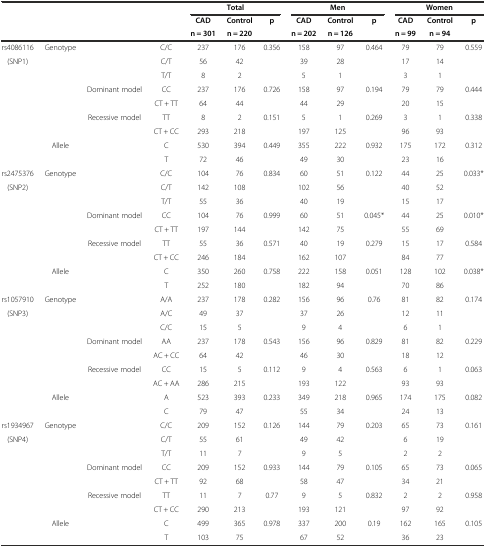
<table><thead><tr><td rowspan="2" colspan="4"></td><td colspan="3"><b>Total</b></td><td colspan="3"><b>Men</b></td><td colspan="3"><b>Women</b></td></tr><tr><td><b>CAD</b></td><td><b>Control</b></td><td rowspan="2"><b>p</b></td><td><b>CAD</b></td><td><b>Control</b></td><td rowspan="2"><b>p</b></td><td><b>CAD</b></td><td><b>Control</b></td><td><b>p</b></td></tr><tr><td colspan="4"></td><td><b>n = 301</b></td><td><b>n = 220</b></td><td><b>n = 202</b></td><td><b>n = 126</b></td><td><b>n = 99</b></td><td><b>n = 94</b></td><td></td></tr></thead><tbody><tr><td>rs4086116</td><td>Genotype</td><td></td><td>C/C</td><td>237</td><td>176</td><td rowspan="3">0.356</td><td>158</td><td>97</td><td rowspan="3">0.464</td><td>79</td><td>79</td><td rowspan="3">0.559</td></tr><tr><td>(SNP1)</td><td></td><td></td><td>C/T</td><td>56</td><td>42</td><td>39</td><td>28</td><td>17</td><td>14</td></tr><tr><td></td><td></td><td></td><td>T/T</td><td>8</td><td>2</td><td>5</td><td>1</td><td>3</td><td>1</td></tr><tr><td></td><td></td><td rowspan="2">Dominant model</td><td>CC</td><td>237</td><td>176</td><td rowspan="2">0.726</td><td>158</td><td>97</td><td rowspan="2">0.194</td><td>79</td><td>79</td><td rowspan="2">0.444</td></tr><tr><td></td><td></td><td>CT + TT</td><td>64</td><td>44</td><td>44</td><td>29</td><td>20</td><td>15</td></tr><tr><td></td><td></td><td rowspan="2">Recessive model</td><td>TT</td><td>8</td><td>2</td><td rowspan="2">0.151</td><td>5</td><td>1</td><td rowspan="2">0.269</td><td>3</td><td>1</td><td rowspan="2">0.338</td></tr><tr><td></td><td></td><td>CT + CC</td><td>293</td><td>218</td><td>197</td><td>125</td><td>96</td><td>93</td></tr><tr><td></td><td>Allele</td><td></td><td>C</td><td>530</td><td>394</td><td rowspan="2">0.449</td><td>355</td><td>222</td><td rowspan="2">0.932</td><td>175</td><td>172</td><td rowspan="2">0.312</td></tr><tr><td></td><td></td><td></td><td>T</td><td>72</td><td>46</td><td>49</td><td>30</td><td>23</td><td>16</td></tr><tr><td>rs2475376</td><td>Genotype</td><td></td><td>C/C</td><td>104</td><td>76</td><td rowspan="3">0.834</td><td>60</td><td>51</td><td rowspan="3">0.122</td><td>44</td><td>25</td><td rowspan="3">0.033*</td></tr><tr><td>(SNP2)</td><td></td><td></td><td>C/T</td><td>142</td><td>108</td><td>102</td><td>56</td><td>40</td><td>52</td></tr><tr><td></td><td></td><td></td><td>T/T</td><td>55</td><td>36</td><td>40</td><td>19</td><td>15</td><td>17</td></tr><tr><td></td><td></td><td rowspan="2">Dominant model</td><td>CC</td><td>104</td><td>76</td><td rowspan="2">0.999</td><td>60</td><td>51</td><td rowspan="2">0.045*</td><td>44</td><td>25</td><td rowspan="2">0.010*</td></tr><tr><td></td><td></td><td>CT + TT</td><td>197</td><td>144</td><td>142</td><td>75</td><td>55</td><td>69</td></tr><tr><td></td><td></td><td rowspan="2">Recessive model</td><td>TT</td><td>55</td><td>36</td><td rowspan="2">0.571</td><td>40</td><td>19</td><td rowspan="2">0.279</td><td>15</td><td>17</td><td rowspan="2">0.584</td></tr><tr><td></td><td></td><td>CT + CC</td><td>246</td><td>184</td><td>162</td><td>107</td><td>84</td><td>77</td></tr><tr><td></td><td>Allele</td><td></td><td>C</td><td>350</td><td>260</td><td rowspan="2">0.758</td><td>222</td><td>158</td><td rowspan="2">0.051</td><td>128</td><td>102</td><td rowspan="2">0.038*</td></tr><tr><td></td><td></td><td></td><td>T</td><td>252</td><td>180</td><td>182</td><td>94</td><td>70</td><td>86</td></tr><tr><td>rs1057910</td><td>Genotype</td><td></td><td>A/A</td><td>237</td><td>178</td><td rowspan="3">0.282</td><td>156</td><td>96</td><td rowspan="3">0.76</td><td>81</td><td>82</td><td rowspan="3">0.174</td></tr><tr><td>(SNP3)</td><td></td><td></td><td>A/C</td><td>49</td><td>37</td><td>37</td><td>26</td><td>12</td><td>11</td></tr><tr><td></td><td></td><td></td><td>C/C</td><td>15</td><td>5</td><td>9</td><td>4</td><td>6</td><td>1</td></tr><tr><td></td><td></td><td rowspan="2">Dominant model</td><td>AA</td><td>237</td><td>178</td><td rowspan="2">0.543</td><td>156</td><td>96</td><td rowspan="2">0.829</td><td>81</td><td>82</td><td rowspan="2">0.229</td></tr><tr><td></td><td></td><td>AC + CC</td><td>64</td><td>42</td><td>46</td><td>30</td><td>18</td><td>12</td></tr><tr><td></td><td></td><td rowspan="2">Recessive model</td><td>CC</td><td>15</td><td>5</td><td rowspan="2">0.112</td><td>9</td><td>4</td><td rowspan="2">0.563</td><td>6</td><td>1</td><td rowspan="2">0.063</td></tr><tr><td></td><td></td><td>AC + AA</td><td>286</td><td>215</td><td>193</td><td>122</td><td>93</td><td>93</td></tr><tr><td></td><td>Allele</td><td></td><td>A</td><td>523</td><td>393</td><td rowspan="2">0.233</td><td>349</td><td>218</td><td rowspan="2">0.965</td><td>174</td><td>175</td><td rowspan="2">0.082</td></tr><tr><td></td><td></td><td></td><td>C</td><td>79</td><td>47</td><td>55</td><td>34</td><td>24</td><td>13</td></tr><tr><td>rs1934967</td><td>Genotype</td><td></td><td>C/C</td><td>209</td><td>152</td><td rowspan="3">0.126</td><td>144</td><td>79</td><td rowspan="3">0.203</td><td>65</td><td>73</td><td rowspan="3">0.161</td></tr><tr><td>(SNP4)</td><td></td><td></td><td>C/T</td><td>55</td><td>61</td><td>49</td><td>42</td><td>6</td><td>19</td></tr><tr><td></td><td></td><td></td><td>T/T</td><td>11</td><td>7</td><td>9</td><td>5</td><td>2</td><td>2</td></tr><tr><td></td><td></td><td rowspan="2">Dominant model</td><td>CC</td><td>209</td><td>152</td><td rowspan="2">0.933</td><td>144</td><td>79</td><td rowspan="2">0.105</td><td>65</td><td>73</td><td rowspan="2">0.065</td></tr><tr><td></td><td></td><td>CT + TT</td><td>92</td><td>68</td><td>58</td><td>47</td><td>34</td><td>21</td></tr><tr><td></td><td></td><td rowspan="2">Recessive model</td><td>TT</td><td>11</td><td>7</td><td rowspan="2">0.77</td><td>9</td><td>5</td><td rowspan="2">0.832</td><td>2</td><td>2</td><td rowspan="2">0.958</td></tr><tr><td></td><td></td><td>CT + CC</td><td>290</td><td>213</td><td>193</td><td>121</td><td>97</td><td>92</td></tr><tr><td></td><td>Allele</td><td></td><td>C</td><td>499</td><td>365</td><td>0.978</td><td>337</td><td>200</td><td>0.19</td><td>162</td><td>165</td><td>0.105</td></tr><tr><td></td><td></td><td></td><td>T</td><td>103</td><td>75</td><td></td><td>67</td><td>52</td><td></td><td>36</td><td>23</td><td></td></tr></tbody></table>